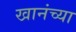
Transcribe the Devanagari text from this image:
खानंच्या